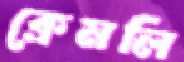
ক্রেমলি